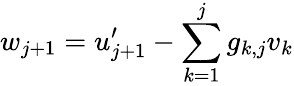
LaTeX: w_{j+1}=u_{j+1}^{\prime}-\sum_{k=1}^{j}g_{k,j}v_{k}